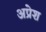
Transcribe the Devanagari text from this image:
अप्रेश